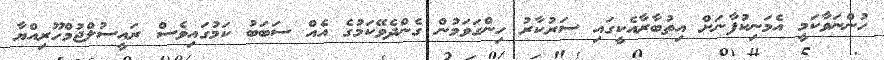
ހުންނަވާކަމީ އެމަނިކުފާނަށް އިތުބާރާއެކީގައި ސަރުކާރު ހިންގަވަމުން ގެންދެވޭކަމުގެ އެއް ސަބަބު ކަމުގައިވެސް ރައީސުލްޖުމްހޫރިއްޔާ